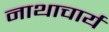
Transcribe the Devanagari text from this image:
नाथाचार्य